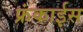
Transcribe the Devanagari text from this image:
फ्रंकाईस